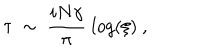
\tau ~ \sim ~ { \frac { i N \gamma } { \pi } } ~ l o g ( \xi ) \ ,